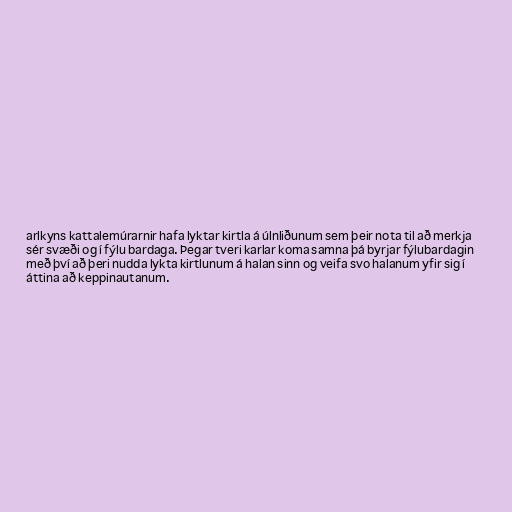
arlkyns kattalemúrarnir hafa lyktar kirtla á úlnliðunum sem þeir nota til að merkja
sér svæði og í fýlu bardaga. Þegar tveri karlar koma samna þá byrjar fýlubardagin
með því að þeri nudda lykta kirtlunum á halan sinn og veifa svo halanum yfir sig í
áttina að keppinautanum.